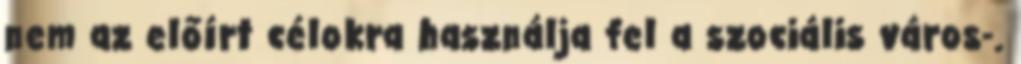
nem az előírt célokra használja fel a szociális város-.